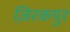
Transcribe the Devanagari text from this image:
ज़िरकपुर